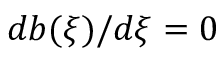
d b ( \xi ) / d \xi = 0